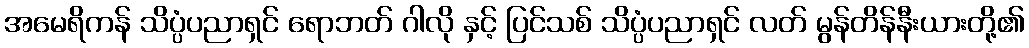
အမေရိကန် သိပ္ပံပညာရှင် ရောဘတ် ဂါလို နှင့် ပြင်သစ် သိပ္ပံပညာရှင် လတ် မွန်တိန်နီးယားတို့၏